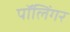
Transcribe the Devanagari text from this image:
पॉलिंगर